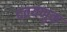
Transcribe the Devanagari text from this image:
दवयणुक